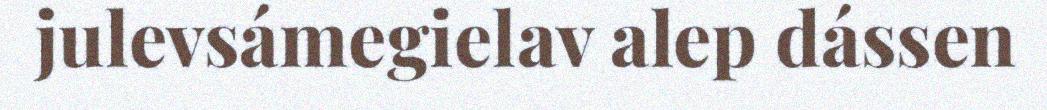
julevsámegielav alep dássen